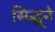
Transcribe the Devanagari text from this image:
सिद्धूने